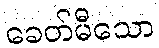
ခေတ်မီသော